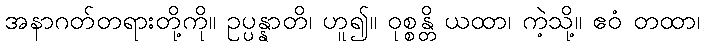
အနာဂတ်တရားတို့ကို။ ဥပ္ပန္နာတိ၊ ဟူ၍။ ဝုစ္စန္တိ ယထာ၊ ကဲ့သို့။ ဧဝံ တထာ၊